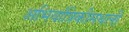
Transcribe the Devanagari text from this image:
अभियांत्रिकीमधली